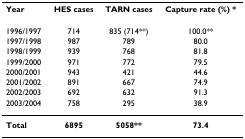
| Year | HES cases | TARN cases | Capture rate (%) * |
 | --- | --- | --- | --- |
 | 1996/1997 | 714 | 835 (714**) | 100.0** |
 | 1997/1998 | 987 | 789 | 80.0 |
 | 1998/1999 | 939 | 768 | 81.8 |
 | 1999/2000 | 971 | 772 | 79.5 |
 | 2000/2001 | 943 | 421 | 44.6 |
 | 2001/2002 | 891 | 667 | 74.9 |
 | 2002/2003 | 692 | 632 | 91.3 |
 | 2003/2004 | 758 | 295 | 38.9 |
 | Total | 6895 | 5058** | 73.4 |